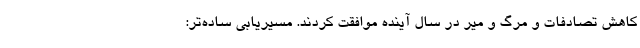
کاهش تصادفات و مرگ و میر در سال آینده موافقت کردند. مسیریابی ساده‌تر: